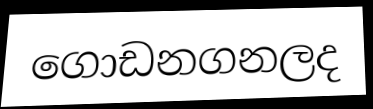
ගොඩනගනලද